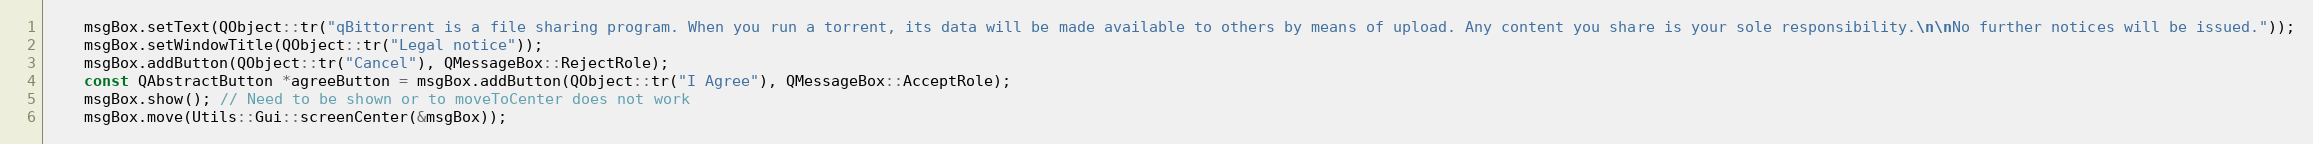
Language: C++
    msgBox.setText(QObject::tr("qBittorrent is a file sharing program. When you run a torrent, its data will be made available to others by means of upload. Any content you share is your sole responsibility.\n\nNo further notices will be issued."));
    msgBox.setWindowTitle(QObject::tr("Legal notice"));
    msgBox.addButton(QObject::tr("Cancel"), QMessageBox::RejectRole);
    const QAbstractButton *agreeButton = msgBox.addButton(QObject::tr("I Agree"), QMessageBox::AcceptRole);
    msgBox.show(); // Need to be shown or to moveToCenter does not work
    msgBox.move(Utils::Gui::screenCenter(&msgBox));